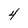
Character: 4